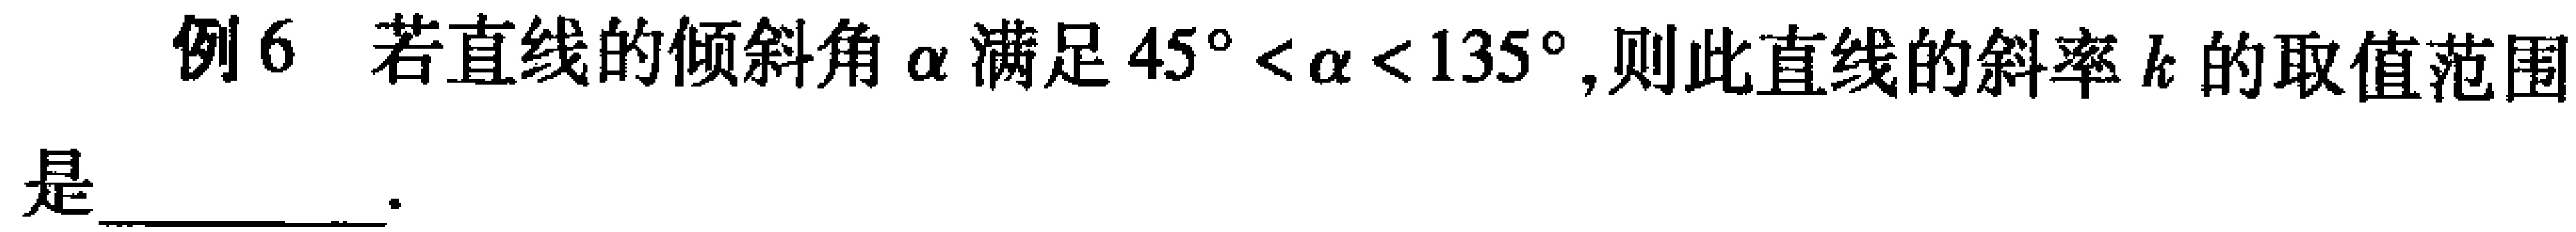
例6 若直线的倾斜角\(\alpha\)满足\(45^{\circ}<\alpha<135^{\circ}\),则此直线的斜率\(k\)的取值范围是  .